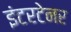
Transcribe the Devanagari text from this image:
इंटरटेनर